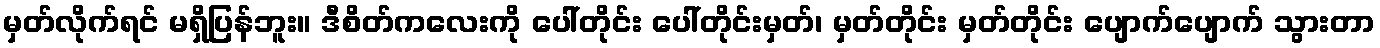
မှတ်လိုက်ရင် မရှိပြန်ဘူး။ ဒီစိတ်ကလေးကို ပေါ်တိုင်း ပေါ်တိုင်းမှတ်၊ မှတ်တိုင်း မှတ်တိုင်း ပျောက်ပျောက် သွားတာ